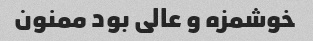
خوشمزه و عالی بود ممنون